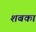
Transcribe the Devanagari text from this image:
शबका